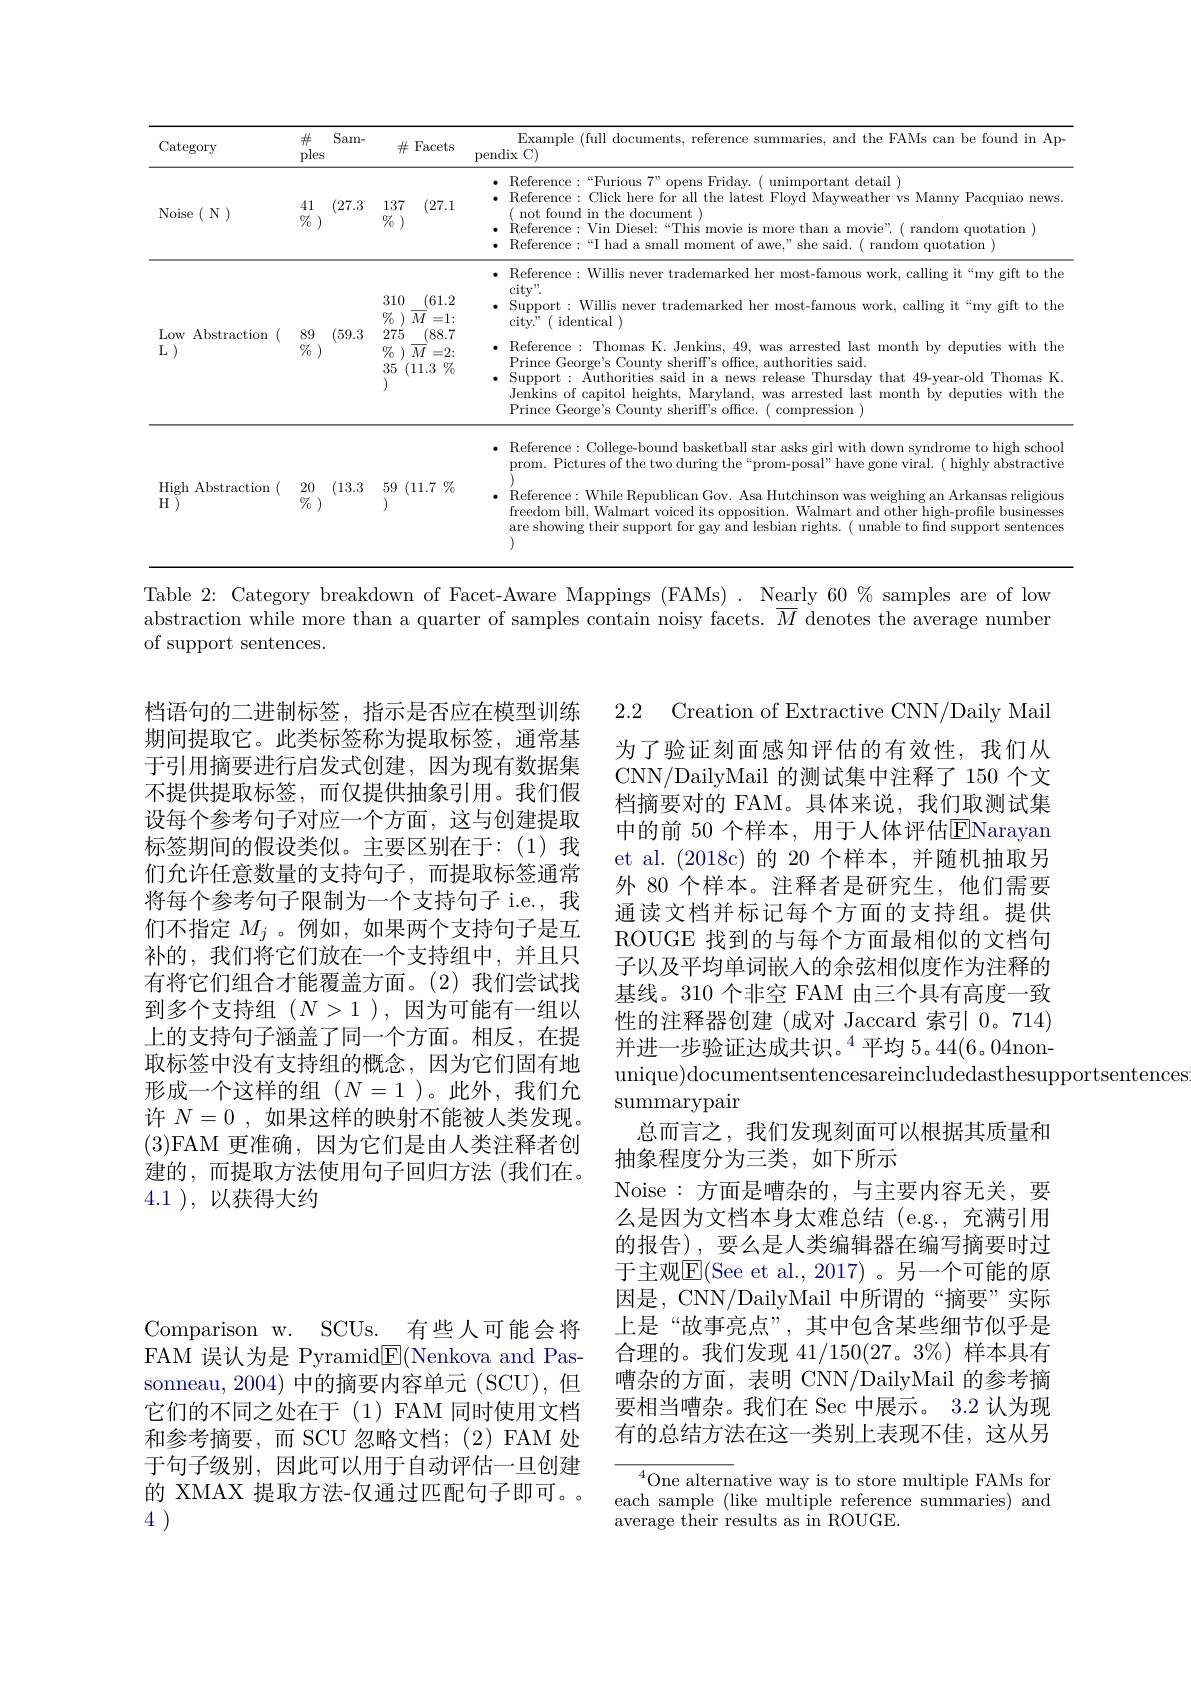
<table>
	<tbody>
		<tr>
			<th>Category</th>
			<th>$\#$ ples</th>
			<th>Sam-</th>
			<th>$\#$</th>
			<th>Facets</th>
			<th>Example (full documents, reference sum pendix C)</th>
		</tr>
		<tr>
			<td>Noise $\ni ( \textbf{N})$</td>
			<td>41 $\% _0$ )</td>
			<td>(27.3</td>
			<td>137 </td>
			<td>(27.1</td>
			<td>$\bullet$ Reference:“Furious $7”$opens Friday.( unimportant detail ) $\bullet$ Reference: Click here for all the latest Floyd Mayweather vs Manny Pacquiao news. $\bullet$ Reference:Vin Diesel:“This movie ( not found in the document ) $\bullet$ Reference:“I had a small moment of awe," she said.( random quotation )</td>
		</tr>
		<tr>
			<td>Low Abstractiom $\mathcal{L})$</td>
			<td>89 $\% _0$ )</td>
			<td>(59.3</td>
			<td>310 $\textcircled {7}_{0}$ ) $\overline {N}$ 275 $\textcircled {7}_{0}$ ) $\overline {N}$ 35 $i$ (1 </td>
			<td>(61.2 $\overline{M}=1:$ (88.7 $\overline{M}=2:$ $11.3\%$</td>
			<td>$\bullet$ Reference: Willis never trademarked her most-famous work, calling it“my gift to the $city".$ · Support: Willis never trademarked her most-fam city." ( identical ) $\bullet$ Reference: Thomas K. Jenkins, 49, was arre Prince George's County sheriff's office, authorities said. $\bullet$ Support: Authorities said in a news release Thursday that 49-year-old Thomas K. Jenkins of capitol heights, Maryland, was arrested last month by deputies with the Prince George's County sheriff's offic</td>
		</tr>
		<tr>
			<td>High Abstraction H</td>
			<td>20 $\% _0$ )</td>
			<td>(13.3</td>
			<td>$59\pmod{1}$ )</td>
			<td>$11.7\%$</td>
			<td>$\bullet$ Reference: College-bound basketball star asks girl with down syndrome to high school prom. Pictures of the two during the “prom-posal”have gone viral. ( highly abstractive $\bullet$ Reference:While Republican Gov. Asa Hutchinson was weighing an Arkansas religious freedom bill, Walmart voiced its opposition. Walmart and other high-profile businesses are showing their support for gay and lesbian rights. ( unable to find support sentences </td>
		</tr>
	</tbody>
</table>

Table 2: Category breakdown of Facet-Aware Mappings (FAMs) . Nearly 60 % samples are of low abstraction while more than a quarter of samples contain noisy facets. $\overline{M}$ denotes the average number of support sentences.

档语句的二进制标签，指示是否应在模型训练期间提取它。此类标签称为提取标签，通常基于引用摘要进行启发式创建，因为现有数据集不提供提取标签，而仅提供抽象引用。我们假设每个参考句子对应一个方面，这与创建提取标签期间的假设类似。主要区别在于：(1)我们允许任意数量的支持句子，而提取标签通常将每个参考句子限制为一个支持句子 i.e., 我们不指定$M_j$ 。例如 ,如果两个支持句子是互补的，我们将它们放在一个支持组中，并且只有将它们组合才能覆盖方面。(2)我们尝试找到多个支持组($N>1)$,因为可能有一组以上的支持句子涵盖了同一个方面。相反，在提取标签中没有支持组的概念，因为它们固有地形成一个这样的组($N=1$)。此外，我们允许$N=0$,如果这样的映射不能被人类发现。(3)FAM 更准确，因为它们是由人类注释者创建的，而提取方法使用句子回归方法(我们在。4.1 ), 以获得大约

2.2 Creation of Extractive CNN/Daily Mail 为了验证刻面感知评估的有效性，我们从CNN/DailyMail 的测试集中注释了 150 个文档摘要对的 FAM。具体来说，我们取测试集中的前 50 个样本，用于人体评估ENarayan et al. (2018c)的 20 个样本，并随机抽取另外 80 个样本。注释者是研究生，他们需要通读文档并标记每个方面的支持组。提供ROUGE 找到的与每个方面最相似的文档句子以及平均单词嵌入的余弦相似度作为注释的基线。310 个非空 FAM 由三个具有高度一致性的注释器创建 (成对 Jaccard 索引 0。714) 并进一步验证达成共识。$^{4}$平均 5。44(6。04nonunique)documentsentencesareincludedasthesupportsentences
summarypair
总而言之，我们发现刻面可以根据其质量和
抽象程度分为三类，如下所示
Noise:方面是嘈杂的，与主要内容无关，要么是因为文档本身太难总结(e.g.,充满引用的报告),要么是人类编辑器在编写摘要时过于主观$\overline{\mathrm{E}}($See et al., 2017)。另一个可能的原因是，CNN/DailyMail 中所谓的“摘要”实际上是“故事亮点”,其中包含某些细节似乎是合理的。我们发现$41/150(27。3\%)$样本具有嘈杂的方面，表明 CNN/DailyMail 的参考摘要相当嘈杂。我们在 Sec 中展示。3.2 认为现有的总结方法在这一类别上表现不佳，这从另

Comparison w. SCUs. 有些人可能会将FAM 误认为是 Pyramid$\boxed{\mathrm{F}}($Nenkova and Passonneau, 2004) 中的摘要内容单元 (SCU), 但它们的不同之处在于(1)FAM 同时使用文档和参考摘要，而 SCU 忽略文档；(2) FAM 处于句子级别，因此可以用于自动评估一旦创建的 XMAX 提取方法-仅通过匹配句子即可。。4

$^{4}$One alternative way is to store multiple FAMs for each sample (like multiple reference s average their results as in ROUGE.